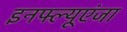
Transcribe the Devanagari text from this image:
इनफ्ल्यूएंजा